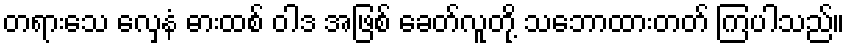
တရားသေ လှေနံ ဓားထစ် ဝါဒ အဖြစ် ခေတ်လူတို့ သဘောထားတတ် ကြပါသည်။